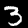
Digit: 3